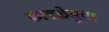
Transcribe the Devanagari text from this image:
कावळेसुधा